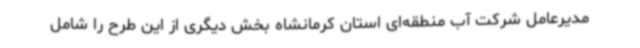
مدیرعامل شرکت آب منطقه‌ای استان کرمانشاه بخش دیگری از این طرح را شامل